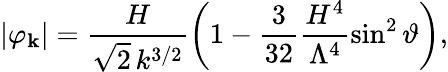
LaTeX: \vert\varphi_{\mathbf k}\vert=\frac{H}{\sqrt{2}\, k^{3/2}}\left(1-\frac{3}{32}\frac{H^{4}}{\Lambda^{4}}\sin^{2}\vartheta\right),